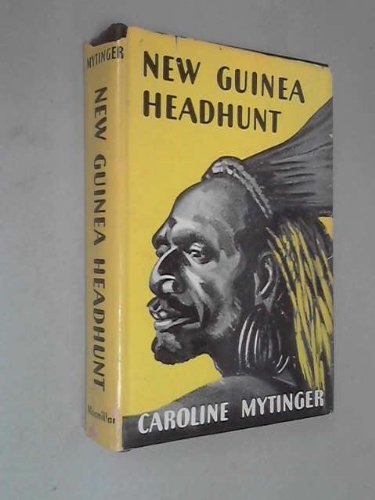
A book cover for New Guinea Headhunt; Caroline Mytinger; Travel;